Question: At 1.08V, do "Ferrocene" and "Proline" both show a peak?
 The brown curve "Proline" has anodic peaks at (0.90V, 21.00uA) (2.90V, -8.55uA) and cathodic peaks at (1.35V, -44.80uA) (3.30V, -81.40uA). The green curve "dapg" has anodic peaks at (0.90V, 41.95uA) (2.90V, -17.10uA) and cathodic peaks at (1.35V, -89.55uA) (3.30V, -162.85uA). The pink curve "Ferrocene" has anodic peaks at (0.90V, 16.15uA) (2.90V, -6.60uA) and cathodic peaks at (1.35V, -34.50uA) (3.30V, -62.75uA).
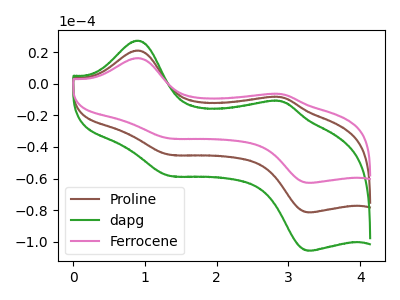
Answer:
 <answer>No, "Ferrocene" and "Proline" dont share a peak at 1.08V.</answer>
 <eval>mismatch</eval>